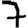
Digit: 7